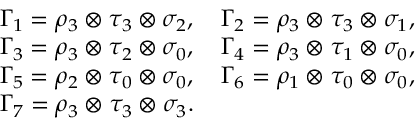
\begin{array} { r l } & { \Gamma _ { 1 } = \rho _ { 3 } \otimes \tau _ { 3 } \otimes \sigma _ { 2 } , \quad \Gamma _ { 2 } = \rho _ { 3 } \otimes \tau _ { 3 } \otimes \sigma _ { 1 } , } \\ & { \Gamma _ { 3 } = \rho _ { 3 } \otimes \tau _ { 2 } \otimes \sigma _ { 0 } , \quad \Gamma _ { 4 } = \rho _ { 3 } \otimes \tau _ { 1 } \otimes \sigma _ { 0 } , } \\ & { \Gamma _ { 5 } = \rho _ { 2 } \otimes \tau _ { 0 } \otimes \sigma _ { 0 } , \quad \Gamma _ { 6 } = \rho _ { 1 } \otimes \tau _ { 0 } \otimes \sigma _ { 0 } , } \\ & { \Gamma _ { 7 } = \rho _ { 3 } \otimes \tau _ { 3 } \otimes \sigma _ { 3 } . } \end{array}